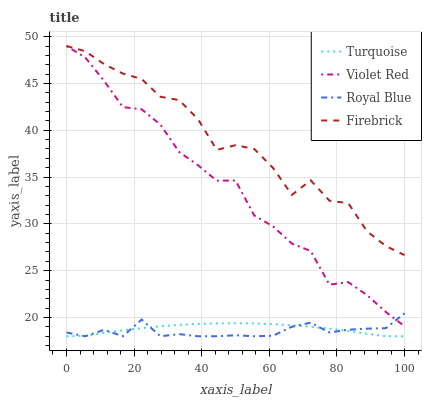
| xaxis_label | Turquoise | Violet Red | Royal Blue | Firebrick |
 | --- | --- | --- | --- | --- |
 | 0 | 18 | 49 | 18.4 | 49 |
 | 5.56 | 18 | 47.8 | 18 | 48.4 |
 | 11.1 | 18.4 | 45.3 | 18.7 | 47.1 |
 | 16.7 | 18.6 | 42.5 | 18 | 46.1 |
 | 22.2 | 18.9 | 42.2 | 19.8 | 45.5 |
 | 27.8 | 19.1 | 40.6 | 18 | 43.6 |
 | 33.3 | 19.2 | 37.7 | 18.2 | 43.2 |
 | 38.9 | 19.3 | 36.3 | 18 | 41.2 |
 | 44.4 | 19.4 | 34.6 | 18 | 37.9 |
 | 50 | 19.4 | 34.6 | 18.1 | 38.4 |
 | 55.6 | 19.4 | 30.9 | 18 | 38 |
 | 61.1 | 19.3 | 29.7 | 18.1 | 36 |
 | 66.7 | 19.2 | 27.9 | 19 | 33.1 |
 | 72.2 | 19 | 27.1 | 19.5 | 34.7 |
 | 77.8 | 18.8 | 23.5 | 18.4 | 32.5 |
 | 83.3 | 18.6 | 23.8 | 18.7 | 32.2 |
 | 88.9 | 18.3 | 22.4 | 18.8 | 29.2 |
 | 94.4 | 18 | 20.6 | 18.9 | 27.6 |
 | 100 | 18 | 19.1 | 20.5 | 26.7 |